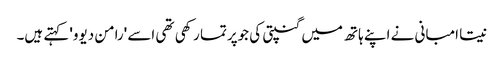
نیتا امبانی نے اپنے ہاتھ میں گنپتی کی جوپرتما رکھی تھی اسے 'رامن دیوو' کہتے ہیں۔